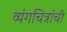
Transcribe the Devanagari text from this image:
व्यंगचित्रांचीं